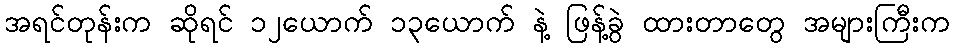
အရင်တုန်းက ဆိုရင် ၁၂ယောက် ၁၃ယောက် နဲ့ ဖြန့်ခွဲ ထားတာတွေ အများကြီးက